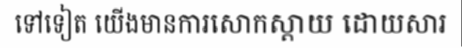
ទៅទៀត យើងមានការសោកស្តាយ ដោយសារ